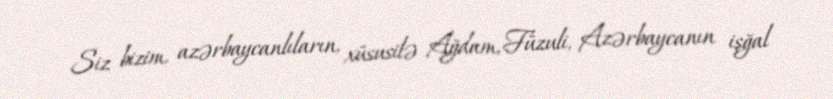
Siz bizim, azərbaycanlıların, xüsusilə Ağdam, Füzuli, Azərbaycanın işğal